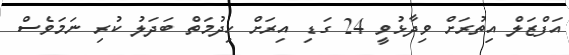
އަފްޒަލް އިތުރަށް ވިދާޅުވީ 24 ގަޑި އިރަށް ހިދުމަތް ބަދަލު ކުރި ނަމަވެސް